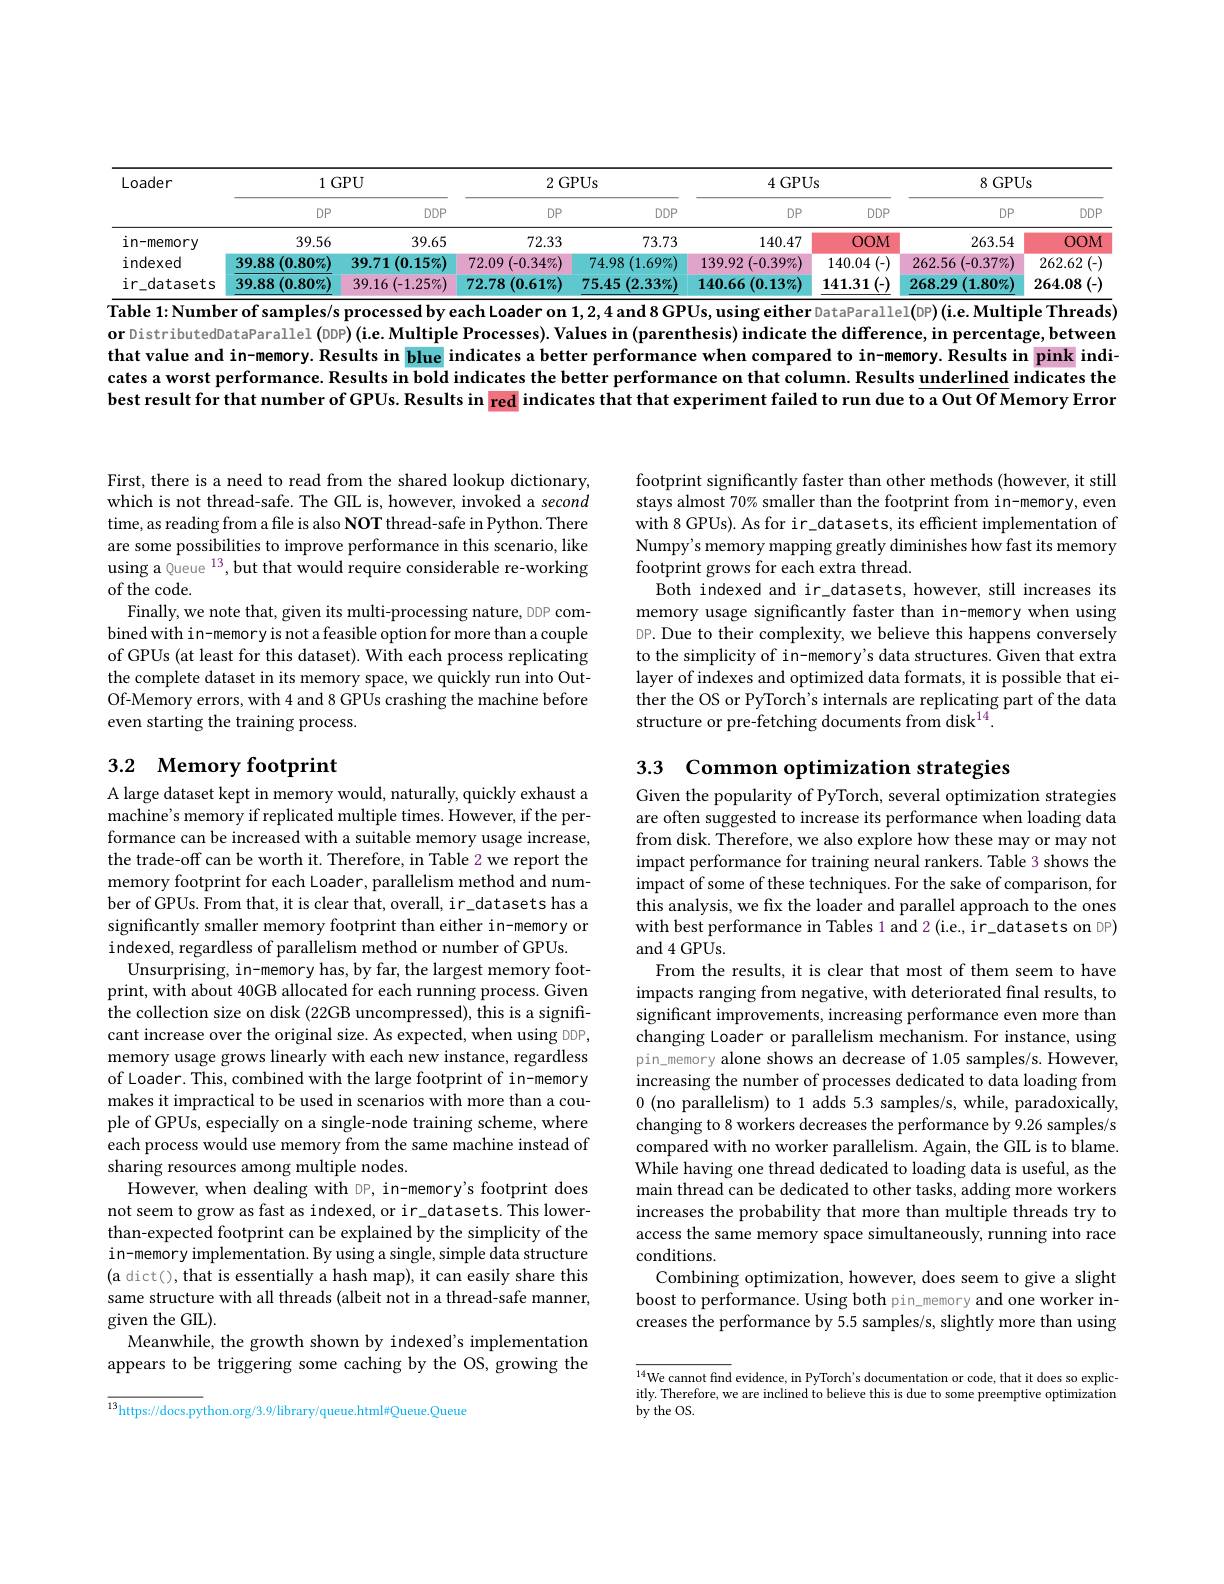
<table>
	<tbody>
		<tr>
			<th rowspan="2">Loader</th>
			<th colspan="2">1GPU</th>
			<th colspan="2">2GPUs</th>
			<th colspan="2">4GPUs</th>
			<th colspan="2">8GPUs</th>
		</tr>
		<tr>
			<th>$DP$</th>
			<th>$DDP$</th>
			<th>$DP$</th>
			<th>$DDP$</th>
			<th>$DP$</th>
			<th>$DDP$</th>
			<th>$DP$</th>
			<th>$DDP$</th>
		</tr>
		<tr>
			<td>in-memory</td>
			<td>39.56</td>
			<td>39.65</td>
			<td>72.33</td>
			<td>73.73</td>
			<td>140.47</td>
			<td>OOM</td>
			<td>263.54</td>
			<td>OOM</td>
		</tr>
		<tr>
			<td>indexed</td>
			<td>39.88 $(0.80\%)$</td>
			<td>39.71 $(0.15\%)$</td>
			<td>72.09 $(-0.34\%)$</td>
			<td>74.98 $(1.69\%)$</td>
			<td>139.92 $(-0.39\%)$</td>
			<td>140.04 (-)</td>
			<td>262.56 $(-0.37\%)$</td>
			<td>262.62</td>
		</tr>
		<tr>
			<td>$ir_{-c}$ datasets</td>
			<td>39.88 $(0.80\%)$</td>
			<td>39.16 $(-1.25\%$</td>
			<td>72.78 $(0.61\%$ 1</td>
			<td>75.45 $(2.33\%)$</td>
			<td>140.66 $(0.13\%)$</td>
			<td>$\mathbf{141.31}$ (-)</td>
			<td>268.29 $(1.80\%$</td>
			<td>264.08</td>
		</tr>
	</tbody>
</table>
$\overline{\text{Table 1:Number of samples/s processed by each Loader on }1,2,4\text{ and 8 GPUs, using either DataParallel(DP)(i.e. Multiple Threads)}}$

or DistributedDataParallel (DDP) (i.e. Multiple Processes). Values in (parenthesis) indicate the difference, in percentage, between that value and in-memory. Results in blue indicates a better performance when compared to in-memory. Results in pink indicates a worst performance. Results in bold indicates the better performance on that column. Results underlined indicates the best result for that number of GPUs. Results in red indicates that that experiment failed to run due to a Out Of Memory Error

First, there is a need to read from the shared lookup dictionary, which is not thread-safe. The GIL is, however, invoked a second time, as reading from a file is also NOT thread-safe in Python. There are some possibilities to improve performance in this scenario, like using a Queue $^{13}$,but that would require considerable re-working of the code.
Finally, we note that, given its multi-processing nature, DDP combined with in-memory is not a feasible option for more than a couple of GPUs (at least for this dataset). With each process replicating the complete dataset in its memory space, we quickly run into OutOf-Memory errors, with 4 and 8 GPUs crashing the machine before even starting the training process.

## 3.2 Memory footprint

A large dataset kept in memory would, naturally, quickly exhaust a machine's memory if replicated multiple times. However, if the performance can be increased with a suitable memory usage increase, the trade-off can be worth it. Therefore, in Table 2 we report the memory footprint for each Loader, parallelism method and number of GPUs. From that, it is clear that, overall, ir\_datasets has a significantly smaller memory footprint than either in-memory or indexed, regardless of parallelism method or number of GPUs.
Unsurprising, in-memory has, by far, the largest memory footprint, with about 40GB allocated for each running process. Given the collection size on disk (22GB uncompressed), this is a significant increase over the original size. As expected, when using DDP, memory usage grows linearly with each new instance, regardless of Loader. This, combined with the large footprint of in-memory makes it impractical to be used in scenarios with more than a couple of GPUs, especially on a single-node training scheme, where each process would use memory from the same machine instead of sharing resources among multiple nodes.
However, when dealing with DP, in-memory's footprint does not seem to grow as fast as indexed, or ir\_datasets. This lowerthan-expected footprint can be explained by the simplicity of the in-memory implementation. By using a single, simple data structure (a dict(), that is essentially a hash map), it can easily share this same structure with all threads (albeit not in a thread-safe manner, given the GL).
Meanwhile, the growth shown by indexed's implementation appears to be triggering some caching by the OS, growing the

$^{13}$https://docs.python.org/3.9/library/queue.html#Oueue.Queue

footprint significantly faster than other methods (however, it still stays almost 70% smaller than the footprint from in-memory, even with 8 GPUs). As for ir\_datasets, its efficient implementation of Numpy's memory mapping greatly diminishes how fast its memory footprint grows for each extra thread
Both indexed and ir\_datasets, however, still increases its memory usage significantly faster than in-memory when using DP. Due to their complexity, we believe this happens conversely to the simplicity of in-memory's data structures. Given that extra layer of indexes and optimized data formats, it is possible that either the OS or PyTorch's internals are replicating part of the data structure or pre-fetching documents from disk$^{14}$

3.3 Common optimization strategies

Given the popularity of PyTorch, several optimization strategies are often suggested to increase its performance when loading data from disk. Therefore, we also explore how these may or may not impact performance for training neural rankers. Table 3 shows the impact of some of these techniques. For the sake of comparison, for this analysis, we fx the loader and parallel approach to the ones with best performance in Tables 1 and 2 (i.e., ir\_datasets on DP) and 4 GPUs.
From the results, it is clear that most of them seem to have impacts ranging from negative, with deteriorated fnal results, to significant improvements, increasing performance even more than changing Loader or parallelism mechanism. For instance, using pin\_memory alone shows an decrease of 1.05 samples/s. However, increasing the number of processes dedicated to data loading from 0 (no parallelism) to 1 adds 5.3 samples/s, while, paradoxically, changing to 8 workers decreases the performance by 9.26 samples/s compared with no worker parallelism. Again, the GIL is to blame. While having one thread dedicated to loading data is useful, as the main thread can be dedicated to other tasks, adding more workers increases the probability that more than multiple threads try to access the same memory space simultaneously, running into race conditions.
Combining optimization, however, does seem to give a slight boost to performance. Using both pin\_memory and one worker increases the performance by 5.5 samples/s, slightly more than using

$\overline{{14}\text{We cannot find evidence, in PyTorch's documentation or code, that it does so explic-}}$ itly.  Therefore,  we are inclined to believe this is due to some preemptive optimization
by the OS